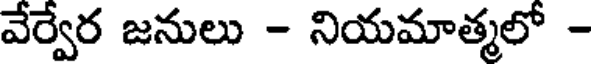
వేర్వేర జనులు - నియమాత్మలో -